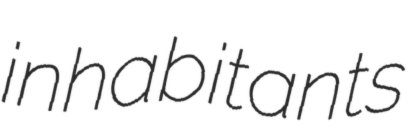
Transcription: inhabitants